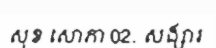
សុខ សោភា 02. សង្សារ